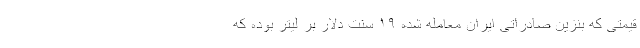
قیمتی که بنزین صادراتی ایران معامله شده ۱۹ سنت دلار بر لیتر بوده که